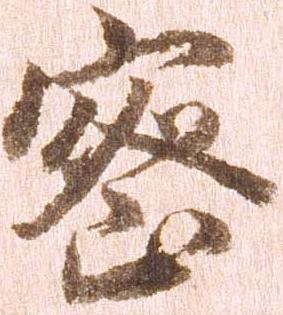
密